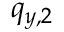
q _ { y , 2 }